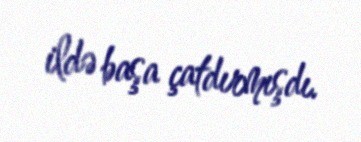
ildə başa çatdırmışdı.